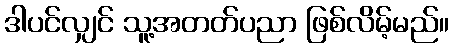
ဒါပင်လျှင် သူ့အတတ်ပညာ ဖြစ်လိမ့်မည်။